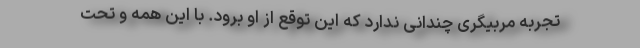
تجربه مربیگری چندانی ندارد که این توقع از او برود. با این همه و تحت